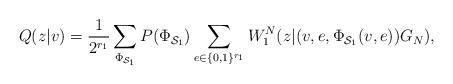
LaTeX: \begin{align*}Q(z|v)=\frac{1}{2^{r_1}} \sum_{\Phi_{\mathcal{S}_1}}P(\Phi_{\mathcal{S}_1})\sum_{e \in \{0,1\}^{r_1}} W_1^N(z|(v,e,\Phi_{\mathcal{S}_1}(v,e))G_N), \end{align*}